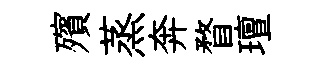
殯蒸奔瞀璮